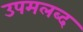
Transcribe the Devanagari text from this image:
उपमलब्द